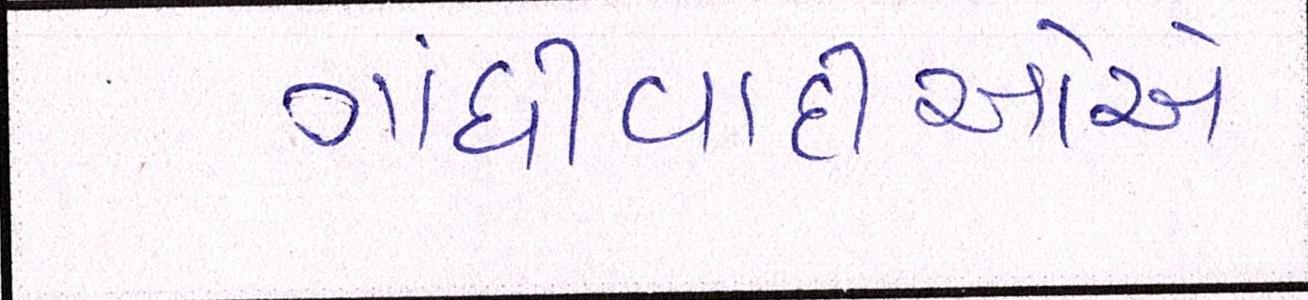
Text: ગાંધીવાદીઓએ